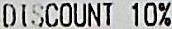
DISCOUNT 10%